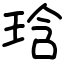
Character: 琀